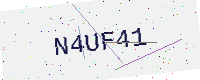
Text: N4UF41